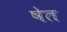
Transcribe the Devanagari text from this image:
षेत